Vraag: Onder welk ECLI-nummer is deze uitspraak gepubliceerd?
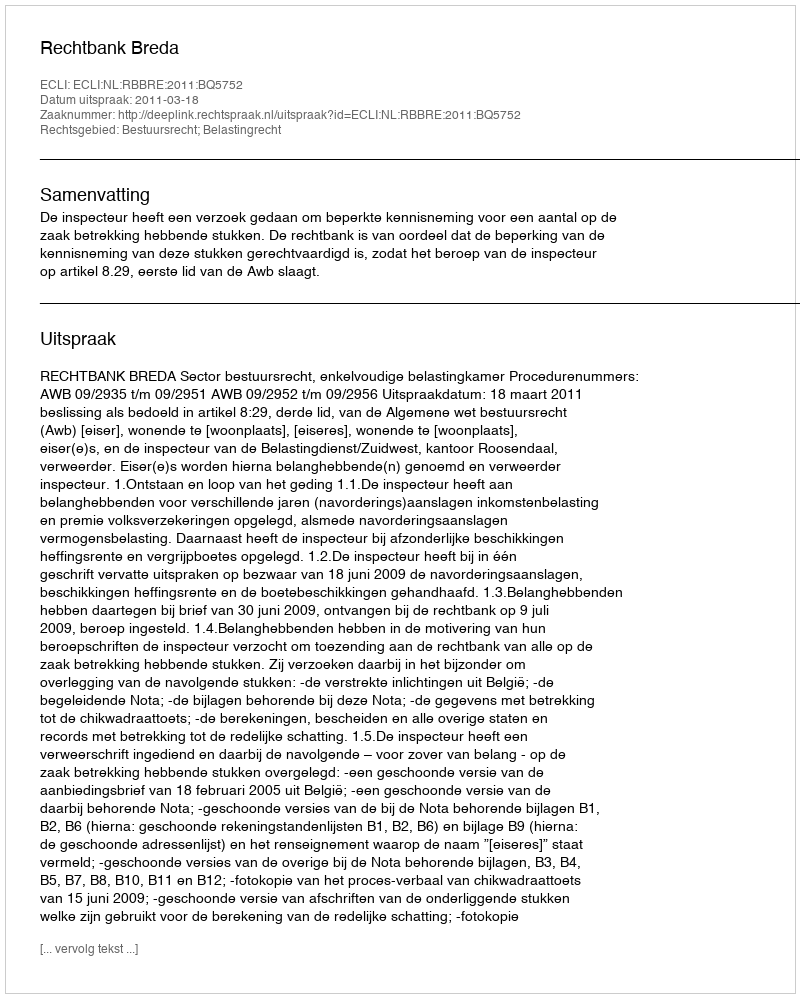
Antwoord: ECLI:NL:RBBRE:2011:BQ5752